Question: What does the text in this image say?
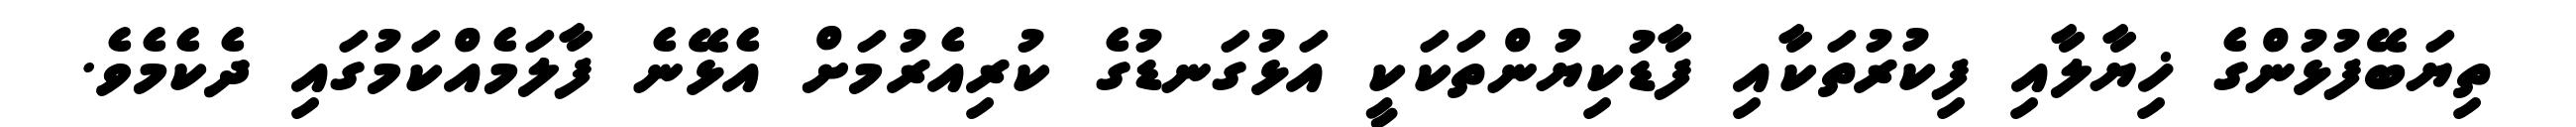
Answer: ތިޔަބޭފުޅުންގެ ޚިޔާލާއި ފިކުރުތަކާއި ފާޑުކިޔުންތަކަކީ އަޅުގަނޑުގެ ކުރިއެރުމަށް އެޅޭނެ ފާލަމެއްކަމުގައި ދެކެމެވެ.